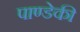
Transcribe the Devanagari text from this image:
पाण्डेकी